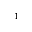
^ 1